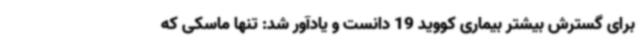
برای گسترش بیشتر بیماری کووید 19 دانست و یادآور شد: تنها ماسکی که